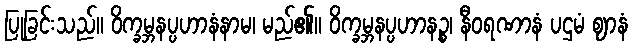
ပြုခြင်းသည်။ ဝိက္ခမ္ဘနပ္ပဟာနံနာမ၊ မည်၏။ ဝိက္ခမ္ဘနပ္ပဟာနဉ္စ၊ နီဝရဏာနံ ပဌမံ ဈာနံ